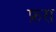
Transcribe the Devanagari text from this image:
फ्ररा